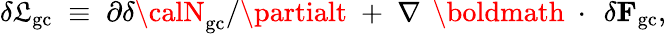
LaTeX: \delta{\cal\mathfrak{L}}_{\mathrm{{gc}}}\; \equiv\; \partial\delta{\calN}_{\mathrm{{gc}}}/\partialt\; +\; \nabla\, \mathrm{{~\boldmath~\cdot~}}\, \delta{\mathbf{F}}_{\mathrm{{gc}}},